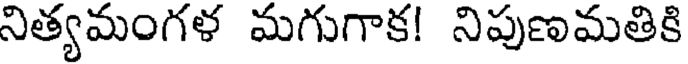
నిత్యమంగళ మగుగాక! నిపుణమతికి